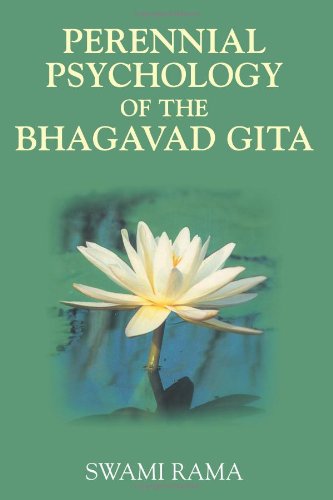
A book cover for Perennial Psychology of the Bhagavad-Gita; Swami Rama; Religion & Spirituality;